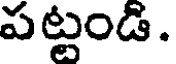
పట్టండి.